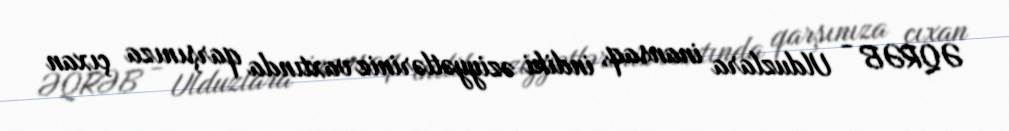
ƏQRƏB - Ulduzlara inansaq, indiki əziyyətləriniz vaxtında qarşınıza çıxan